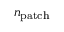
n _ { \mathrm { { p a t c h } } }